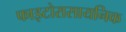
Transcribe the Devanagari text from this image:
फाइटोरासायनिक